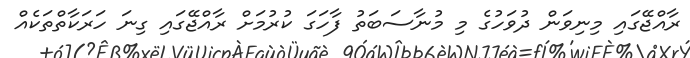
ރާއްޖޭގައި މިނިވަން ދުވަހުގެ މި މުނާސަބަތު ފާހަގަ ކުރުމަށް ރާއްޖޭގައި ގިނަ ހަރަކާތްތަކެއް